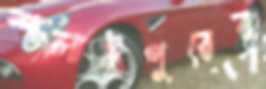
শালাইপুরের